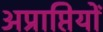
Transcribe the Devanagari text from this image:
अप्राप्तियों